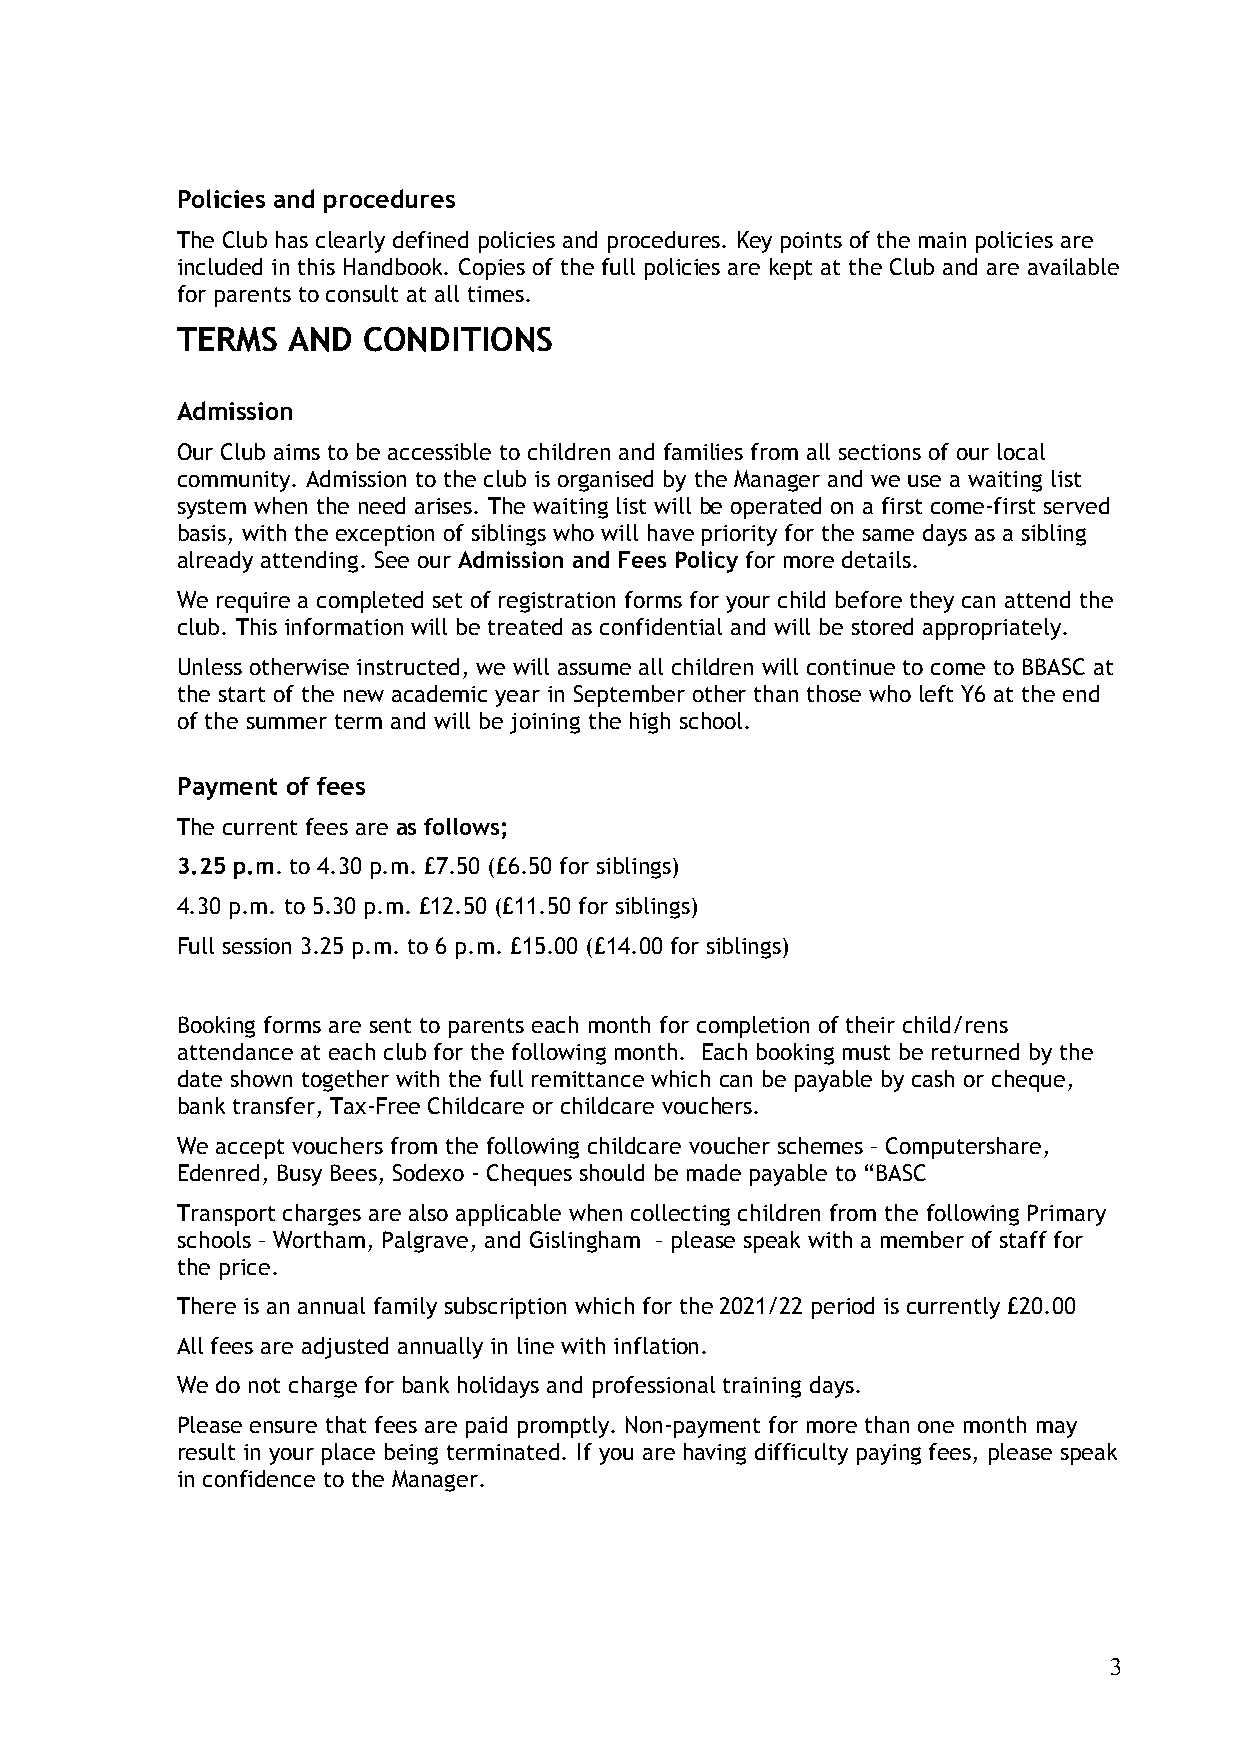
Policies and procedures
 The Club has clearly defined policies and procedures. Key points of the main policies are
 included in this Handbook. Copies of the full policies are kept at the Club and are available
 for parents to consult at all times.
 TERMS  AND  CONDITIONS
 Admission
 Our Club aims to be accessible to children and families from all sections of our local
 community. Admission to the club is organised by the Manager and we use a waiting list
 system when the need arises. The waiting list will be operated on a first come-first served
 basis, with the exception of siblings who will have priority for the same days as a sibling
 already attending. See our Admission and Fees Policy for more details.
 We require a completed set of registration forms for your child before they can attend the
 club. This information will be treated as confidential and will be stored appropriately.
 Unless otherwise instructed, we will assume all children will continue to come to BBASC at
 the start of the new academic year in September other than those who left Y6 at the end
 of the summer term and will be joining the high school.
 Payment of fees
 The current fees are as follows;
 3.25 p.m. to 4.30 p.m. £7.50 (£6.50 for siblings)
 4.30 p.m. to 5.30 p.m. £12.50 (£11.50 for siblings)
 Full session 3.25 p.m. to 6 p.m. £15.00 (£14.00 for siblings)
 Booking forms are sent to parents each month for completion of their child/rens
 attendance at each club for the following month. Each booking must be returned by the
 date shown together with the full remittance which can be payable by cash or cheque,
 bank transfer, Tax-Free Childcare or childcare vouchers.
 We accept vouchers from the following childcare voucher schemes – Computershare,
 Edenred, Busy Bees, Sodexo - Cheques should be made payable to “BASC
 Transport charges are also applicable when collecting children from the following Primary
 schools – Wortham, Palgrave, and Gislingham – please speak with a member of staff for
 the price.
 There is an annual family subscription which for the 2021/22 period is currently £20.00
 All fees are adjusted annually in line with inflation.
 We do not charge for bank holidays and professional training days.
 Please ensure that fees are paid promptly. Non-payment for more than one month may
 result in your place being terminated. If you are having difficulty paying fees, please speak
 in confidence to the Manager.
 3